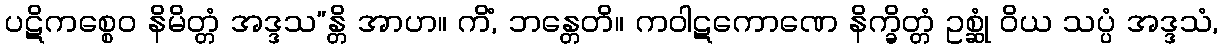
ပဋိကစ္စေဝ နိမိတ္တံ အဒ္ဒသ”န္တိ အာဟ။ ကိံ, ဘန္တေတိ။ ကဝါဋကောဏေ နိက္ခိတ္တံ ဥစ္ဆုံ ဝိယ သပ္ပံ အဒ္ဒသံ,